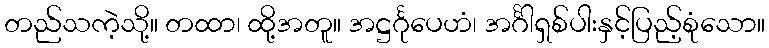
တည်သကဲ့သို့။ တထာ၊ ထို့အတူ။ အဋ္ဌင်္ဂုပေဟံ၊ အင်္ဂါရှစ်ပါးနှင့်ပြည့်စုံသော။